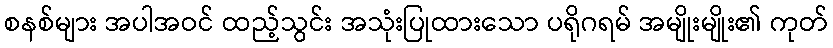
စနစ်များ အပါအဝင် ထည့်သွင်း အသုံးပြုထားသော ပရိုဂရမ် အမျိုးမျိုး၏ ကုတ်